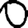
Digit: 0